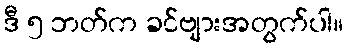
ဒီ ၅ ဘတ်က ခင်ဗျားအတွက်ပါ။